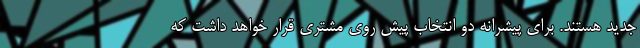
جدید هستند. برای پیشرانه دو انتخاب پیش روی مشتری قرار خواهد داشت که